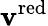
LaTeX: \mathbf{v}^{\mathrm{{red}}}